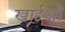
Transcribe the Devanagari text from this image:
खाईओं